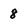
Character: 8